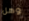
وهل